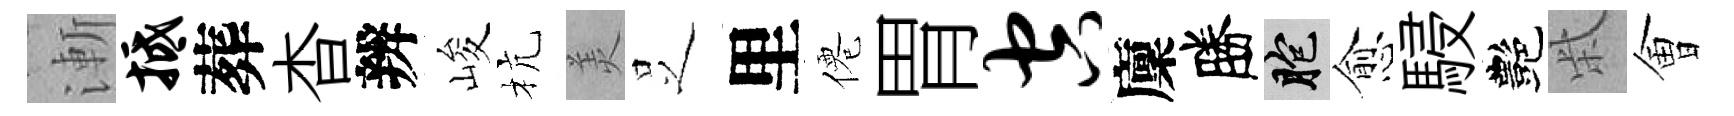
漸抵葬杳辨峻杭羙𠯁里僊胃空廩勝胞愈駸艷柴㑹